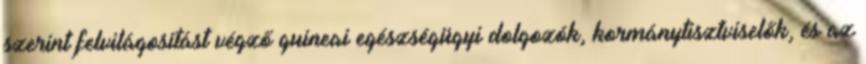
szerint felvilágosítást végző guineai egészségügyi dolgozók, kormánytisztviselők, és az